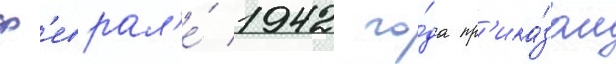
ф'еврал'е́ 1942 го́да пр'ика́зом